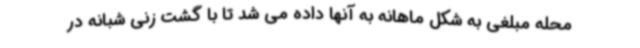
محله مبلغی به شکل ماهانه به آنها داده می شد تا با گشت زنی شبانه در